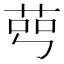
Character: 𦰉